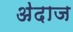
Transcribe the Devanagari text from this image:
अ॓दाज